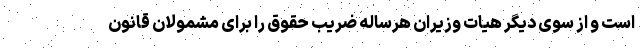
است و از سوی دیگر هیات وزیران هرساله ضریب حقوق را برای مشمولان قانون